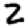
Digit: 2